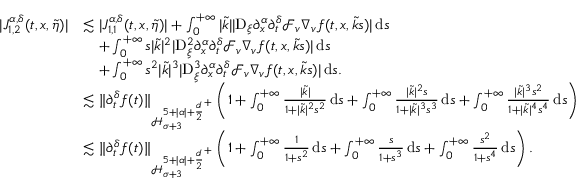
\begin{array} { r l } { \vert J _ { 1 , 2 } ^ { \alpha , \delta } ( t , x , \widetilde { \eta } ) \vert } & { \lesssim \vert J _ { 1 , 1 } ^ { \alpha , \delta } ( t , x , \widetilde { \eta } ) \vert + \int _ { 0 } ^ { + \infty } \vert \widetilde { k } \vert \vert \mathrm { D } _ { \xi } \partial _ { x } ^ { \alpha } \partial _ { t } ^ { \delta } \mathcal { F } _ { v } \nabla _ { v } f ( t , x , \widetilde { k } s ) \vert \, \mathrm { d } s } \\ & { \quad + \int _ { 0 } ^ { + \infty } s \vert \widetilde { k } \vert ^ { 2 } \vert \mathrm { D } _ { \xi } ^ { 2 } \partial _ { x } ^ { \alpha } \partial _ { t } ^ { \delta } \mathcal { F } _ { v } \nabla _ { v } f ( t , x , \widetilde { k } s ) \vert \, \mathrm { d } s } \\ & { \quad + \int _ { 0 } ^ { + \infty } s ^ { 2 } \vert \widetilde { k } \vert ^ { 3 } \vert \mathrm { D } _ { \xi } ^ { 3 } \partial _ { x } ^ { \alpha } \partial _ { t } ^ { \delta } \mathcal { F } _ { v } \nabla _ { v } f ( t , x , \widetilde { k } s ) \vert \, \mathrm { d } s . } \\ & { \lesssim \Vert \partial _ { t } ^ { \delta } f ( t ) \Vert _ { \mathcal { H } _ { \sigma + 3 } ^ { 5 + \vert \alpha \vert + { \frac { d } { 2 } } ^ { + } } } \left( 1 + \int _ { 0 } ^ { + \infty } \frac { \vert \widetilde { k } \vert } { 1 + \vert \widetilde { k } \vert ^ { 2 } s ^ { 2 } } \, \mathrm { d } s + \int _ { 0 } ^ { + \infty } \frac { \vert \widetilde { k } \vert ^ { 2 } s } { 1 + \vert \widetilde { k } \vert ^ { 3 } s ^ { 3 } } \, \mathrm { d } s + \int _ { 0 } ^ { + \infty } \frac { \vert \widetilde { k } \vert ^ { 3 } s ^ { 2 } } { 1 + \vert \widetilde { k } \vert ^ { 4 } s ^ { 4 } } \, \mathrm { d } s \right) } \\ & { \lesssim \Vert \partial _ { t } ^ { \delta } f ( t ) \Vert _ { \mathcal { H } _ { \sigma + 3 } ^ { 5 + \vert \alpha \vert + { \frac { d } { 2 } } ^ { + } } } \left( 1 + \int _ { 0 } ^ { + \infty } \frac { 1 } { 1 + s ^ { 2 } } \, \mathrm { d } s + \int _ { 0 } ^ { + \infty } \frac { s } { 1 + s ^ { 3 } } \, \mathrm { d } s + \int _ { 0 } ^ { + \infty } \frac { s ^ { 2 } } { 1 + s ^ { 4 } } \, \mathrm { d } s \right) . } \end{array}